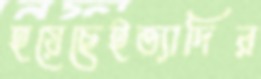
হয়েছেইত্যাদির